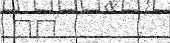
٥٧